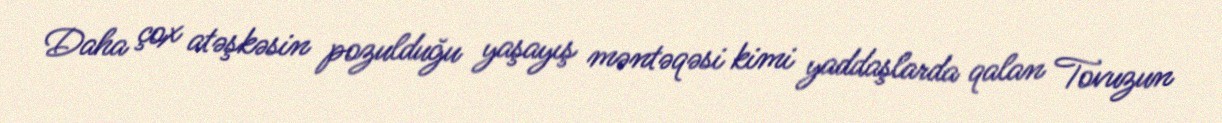
Daha çox atəşkəsin pozulduğu yaşayış məntəqəsi kimi yaddaşlarda qalan Tovuzun